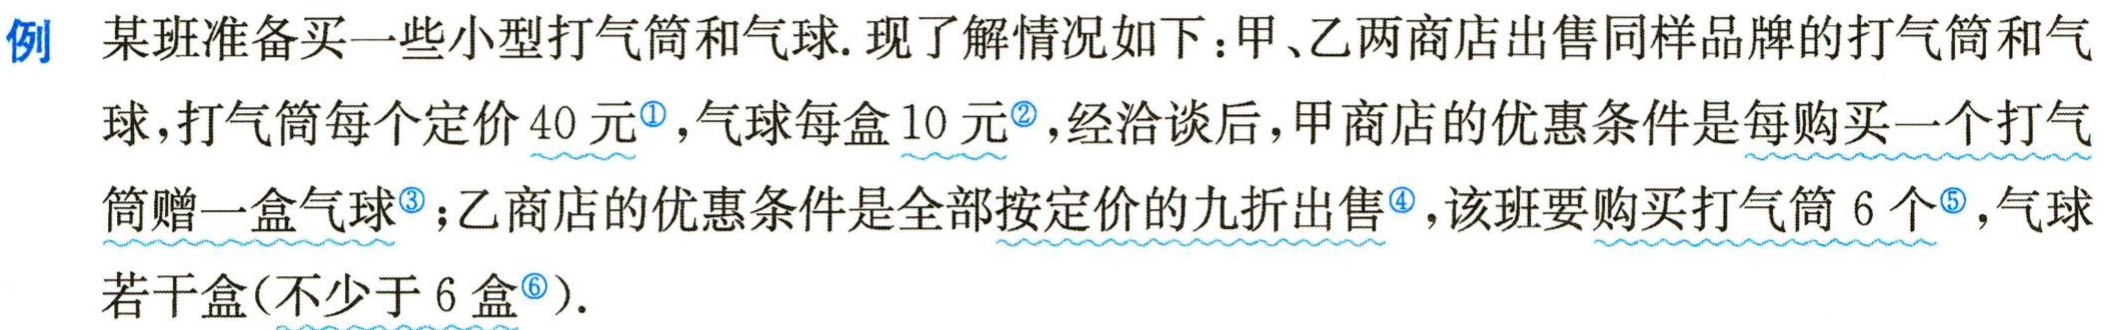
例 某班准备买一些小型打气筒和气球. 现了解情况如下：甲、乙两商店出售同样品牌的打气筒和气球, 打气筒每个定价 \(40\) 元\(^{\circled{1}}\), 气球每盒 \(10\) 元\(^{\circled{2}}\), 经洽谈后, 甲商店的优惠条件是每购买一个打气筒赠一盒气球\(^{\circled{3}}\); 乙商店的优惠条件是全部按定价的九折出售\(^{\circled{4}}\), 该班要购买打气筒 \(6\) 个\(^{\circled{5}}\), 气球若干盒(不少于 \(6\) 盒\(^{\circled{6}}\)).